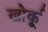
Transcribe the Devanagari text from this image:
खोर्कू